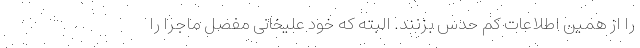
را از همین اطلاعات کم حدس بزنند. البته که خود علیخانی مفصل ماجرا را